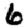
Digit: 6